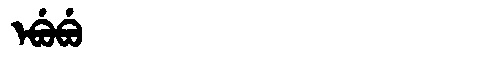
Manchu: ᡝᠪᡠᠪᡠ
Romanization: EBUBU